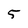
Character: 5